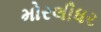
મોરલીધર